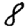
Digit: 8